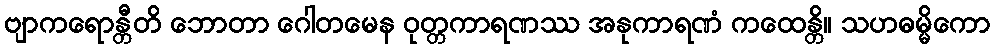
ဗျာကရောန္တီတိ ဘောတာ ဂေါတမေန ဝုတ္တကာရဏဿ အနုကာရဏံ ကထေန္တိ။ သဟဓမ္မိကော